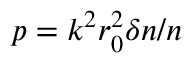
p = k ^ { 2 } r _ { 0 } ^ { 2 } \delta n / n